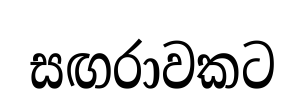
සඟරාවකට